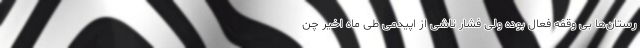
رستان‌ها بی وقفه فعال بوده ولی فشار ناشی از اپیدمی طی ماه اخیر چن